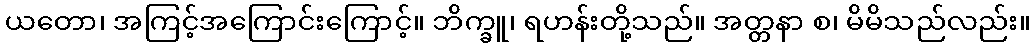
ယတော၊ အကြင့်အကြောင်းကြောင့်။ ဘိက္ခူ၊ ရဟန်းတို့သည်။ အတ္တနာ စ၊ မိမိသည်လည်း။